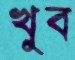
খুব